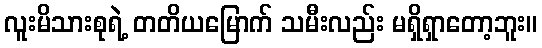
လူးမိသားစုရဲ့ တတိယမြောက် သမီးလည်း မရှိရှာတော့ဘူး။